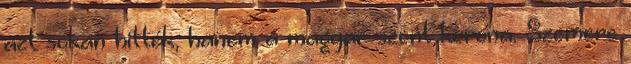
azt sokan hitték, hanem a magyar szent korona. Szemere